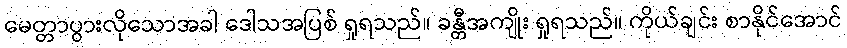
မေတ္တာပွားလိုသောအခါ ဒေါသအပြစ် ရှုရသည်။ ခန္တီအကျိုး ရှုရသည်။ ကိုယ်ချင်း စာနိုင်အောင်